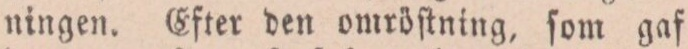
ningen. Efter den omröſtning, ſom gaf